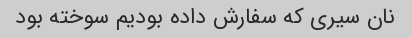
نان سیری که سفارش داده بودیم سوخته بود